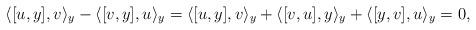
LaTeX: \begin{align*}\langle[u,y],v\rangle_y-\langle[v,y],u\rangle_y=\langle[u,y],v\rangle_y+\langle[v,u],y\rangle_y+\langle[y,v],u\rangle_y=0,\end{align*}